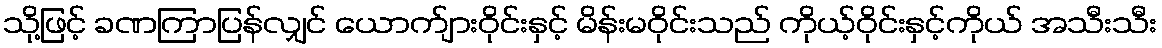
သို့ဖြင့် ခဏကြာပြန်လျှင် ယောက်ျားဝိုင်းနှင့် မိန်းမဝိုင်းသည် ကိုယ့်ဝိုင်းနှင့်ကိုယ် အသီးသီး